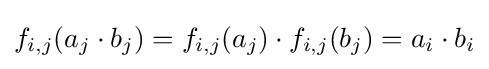
f_{i,j}(a_{j}\cdot b_{j})=f_{i,j}(a_{j})\cdot f_{i,j}(b_{j})=a_{i}\cdot b_{i}